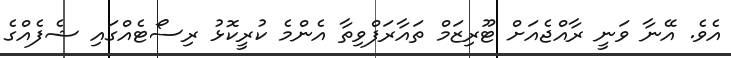
އެވެ. އޭނާ ވަނީ ރާއްޖެއަށް ޓޫރިޒަމް ތައާރަފްވިތާ އެންމެ ކުރީކޮޅު ރިސޯޓެއްގައި ޝެފެއްގެ